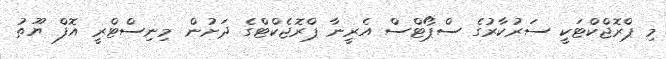
މި ޕްރޮޖްކްޓަކީ ސަރުކާރުގެ ސްޕޯޓްސް އެރީނާ ޕްރޮޖެކްޓްގެ ދަށުން މިނިސްޓްރީ އޮފް ޔޫތު